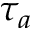
\tau _ { a }